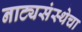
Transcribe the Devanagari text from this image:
नाट्यसंस्थेचा